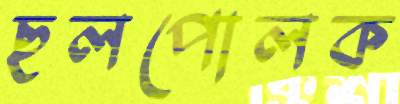
ছলপোলক